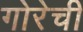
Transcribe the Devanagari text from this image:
गोरेची